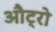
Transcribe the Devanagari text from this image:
औट्रो